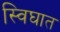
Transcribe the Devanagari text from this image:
स्विघात